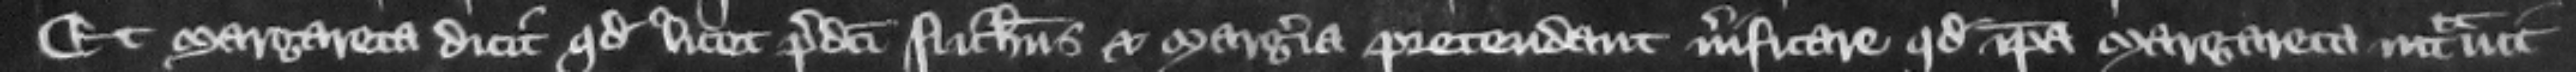
Et Margareta dicit quod licet predicti Nicholaus et Margeria pretendant uerificare quod ipsa Margareta intrauit